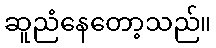
ဆူညံနေတော့သည်။